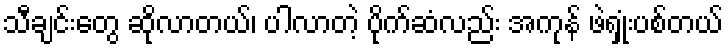
သီချင်းတွေ ဆိုလာတယ်၊ ပါလာတဲ့ ပိုက်ဆံလည်း အကုန် ဖဲရှုံးပစ်တယ်